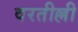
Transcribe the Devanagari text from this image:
वरतील्ली